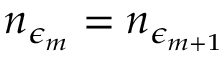
n _ { \epsilon _ { m } } = n _ { \epsilon _ { m + 1 } }